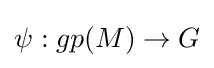
\psi :gp(M)\to G